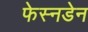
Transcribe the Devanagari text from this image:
फेस्नडेन